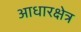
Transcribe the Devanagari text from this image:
आधारक्षेत्र